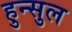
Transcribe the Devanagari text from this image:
हुन्सुल